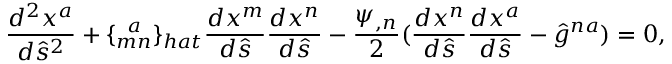
\frac { d ^ { 2 } x ^ { a } } { d \hat { s } ^ { 2 } } + \{ _ { m n } ^ { \; \; a } \} _ { h a t } \frac { d x ^ { m } } { d \hat { s } } \frac { d x ^ { n } } { d \hat { s } } - \frac { \psi _ { , n } } { 2 } ( \frac { d x ^ { n } } { d \hat { s } } \frac { d x ^ { a } } { d \hat { s } } - \hat { g } ^ { n a } ) = 0 ,